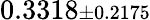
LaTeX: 0.3318{\scriptstyle\pm 0.2175}